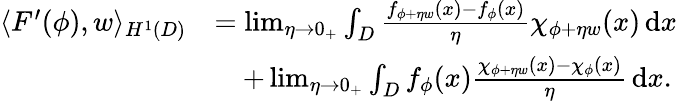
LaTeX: \begin{array}{rl}{\langle F^{\prime}(\phi),w\rangle_{H^{1}(D)}}&{=\operatorname*{lim}_{\eta\to 0_{+}}\int_{D}\frac{f_{\phi+\eta w}(x)-f_{\phi}(x)}{\eta}\chi_{\phi+\eta w}(x)\, \mathrm{d}x}\\ &{\quad+\operatorname*{lim}_{\eta\to 0_{+}}\int_{D}f_{\phi}(x)\frac{\chi_{\phi+\eta w}(x)-\chi_{\phi}(x)}{\eta}\, \mathrm{d}x.}\end{array}